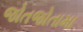
જોતજોતામા